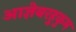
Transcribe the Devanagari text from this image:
आज्ञेबरहुकुम